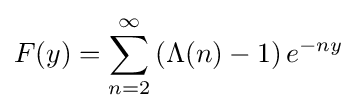
F(y)=\sum _{n=2}^{\infty }\left(\Lambda (n)-1\right)e^{-ny}